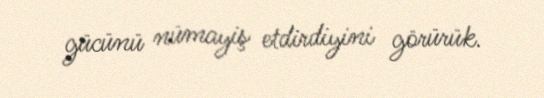
gücünü nümayiş etdirdiyini görürük.